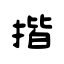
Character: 揩